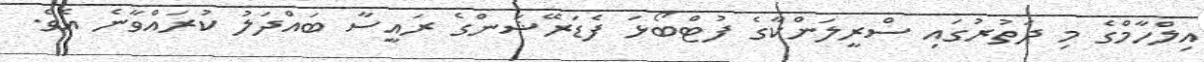
އިލްހާމްގެ މި ދަތުރުގައި ސްރީލަންކާގެ ފުޓްބޯޅަ ފެޑަރޭޝަންގެ ރައީސާ ބައްދަލު ކުރައްވާނެ އެވެ.